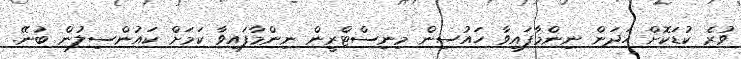
ވުރެ ކުޑަކޮށް ހަދަން ނިންމާފައިވާ ހައުސިން މިނިސްޓްރީން ނިންމާފައިވާ ކަމަށް ކައުންސިލުން ބުނޭ.